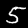
Label: 5